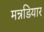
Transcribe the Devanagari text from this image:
मन्नडियार